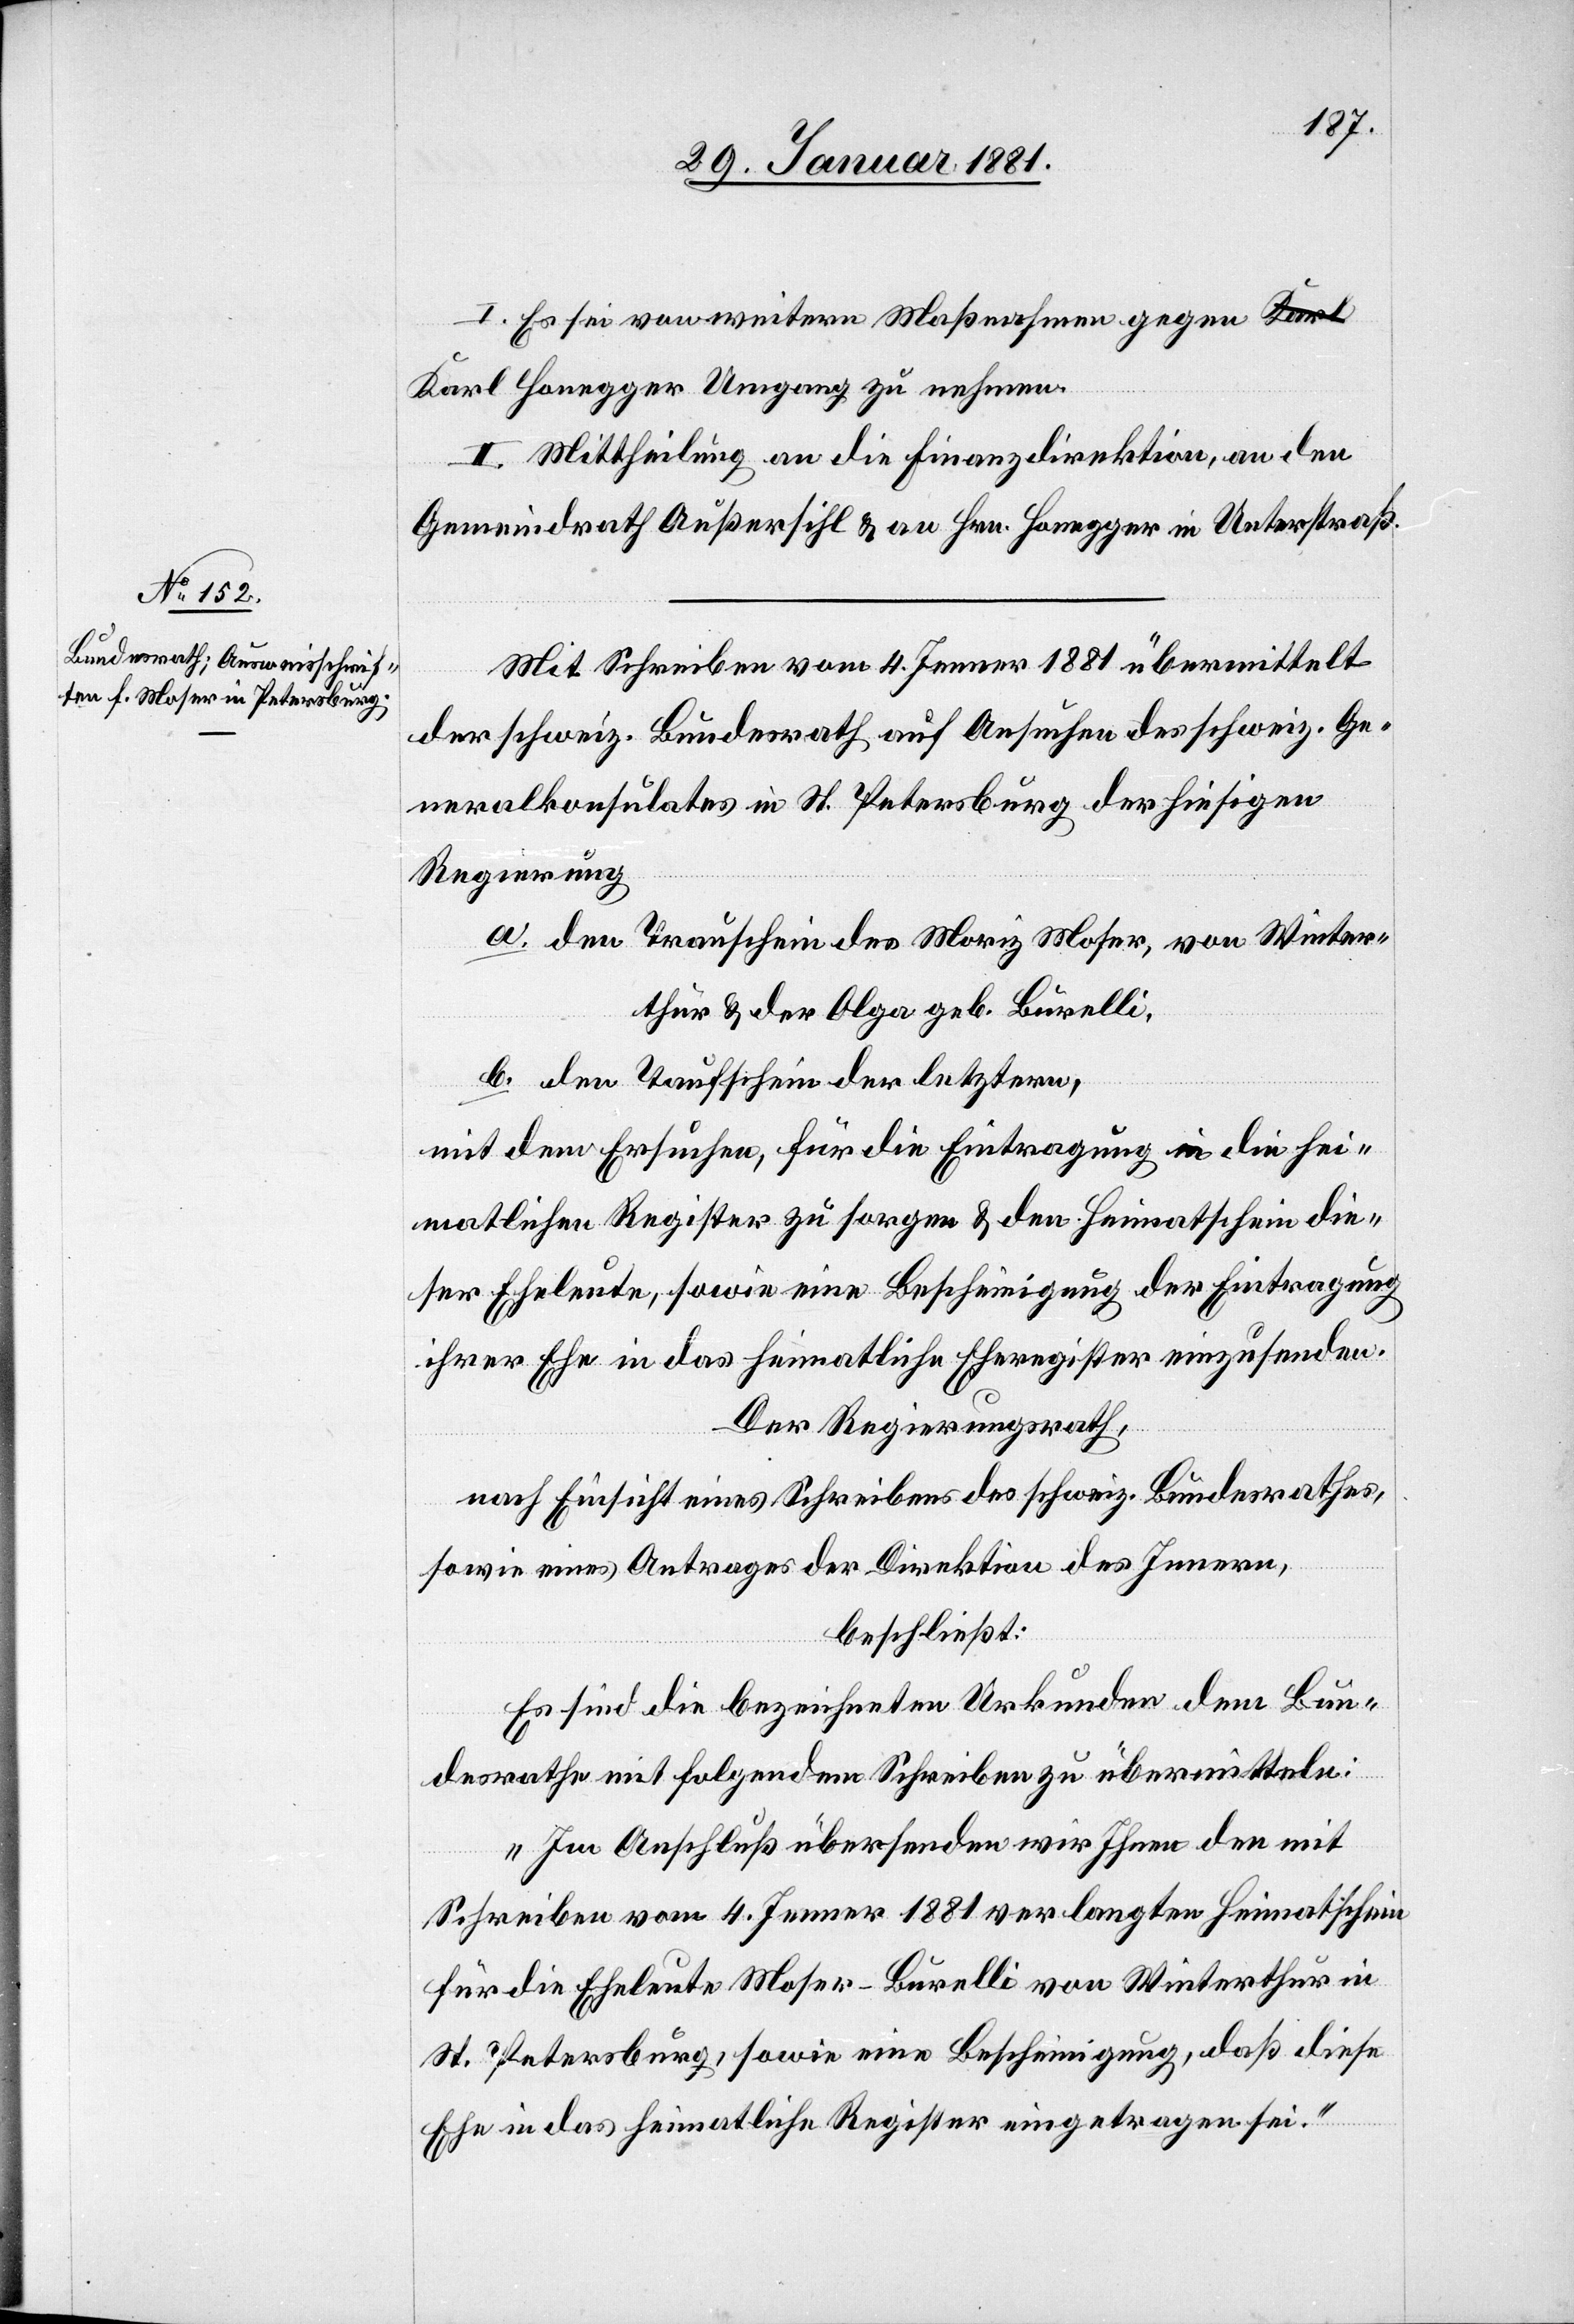
I. Es sei von weitern Maßnahmen gegen K¬
arl Honegger Umgang zu nehmen.
II. Mittheilung an die Finanzdirektion, an den
Gemeindrath Außersihl & an Hrn. Honegger in Unterstraß.
Mit Schreiben vom 4. Jenner 1881 übermittelt
der schweiz. Bundesrath auf Ansuchen des schweiz. Ge¬
neralkonsulates in St. Petersburg der hiesigen
Regierung
a. den Trauschein des Moriz Moser, von Winter¬
thur & der Olga geb. Burelli,
b. den Taufschein der letztern,
mit dem Ersuchen, für die Eintragung in die hei¬
matlichen Register zu sorgen & den Heimatschein die¬
ihrer Eheleute, sowie eine Bescheinigung der Eintragung
ihrer Ehe in das heimatliche Eheregister einzusenden.
Der Regierungsrath,
nach Einsicht eines Schreibens des schweiz. Bundesrathes,
sowie eines Antrages der Direktion des Innern,
beschließt:
Es sind die bezeichneten Urkunden dem Bun¬
desrathe mit folgendem Schreiben zu übermitteln:
„Im Anschluß übersenden wir Ihnen den mit
Schreiben vom 4. Jenner 1881 verlangten Heimatschein
für die Eheleute Moser-Burelli von Winterthur in
St. Petersburg, sowie eine Bescheinigung, daß diese
Ehe in das heimatliche Register eingetragen sei.“